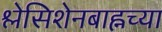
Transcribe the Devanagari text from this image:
श्लेसिशेनबाह्नच्या